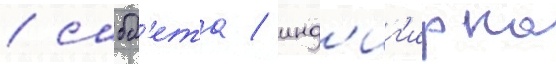
/ сабб'ета / инд'иг'ирка